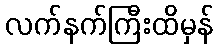
လက်နက်ကြီးထိမှန်